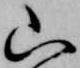
山